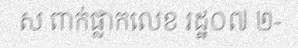
ស ពាក់ផ្លាកលេខ រដ្ឋ០៧ ២-